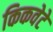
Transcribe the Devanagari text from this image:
किकवेटे